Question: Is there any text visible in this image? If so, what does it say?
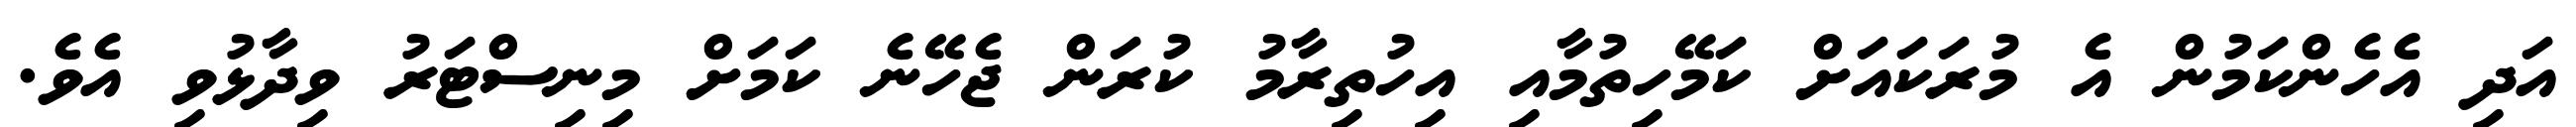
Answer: އަދި އެހެންކަމުން އެ މުރަކައަށް ކަމޭހިތުމާއި އިހުތިރާމު ކުރަން ޖެހޭނެ ކަމަށް މިނިސްޓަރު ވިދާޅުވި އެވެ.